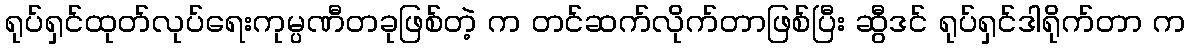
ရုပ်ရှင်ထုတ်လုပ်ရေးကုမ္ပဏီတခုဖြစ်တဲ့ က တင်ဆက်လိုက်တာဖြစ်ပြီး ဆွီဒင် ရုပ်ရှင်ဒါရိုက်တာ က